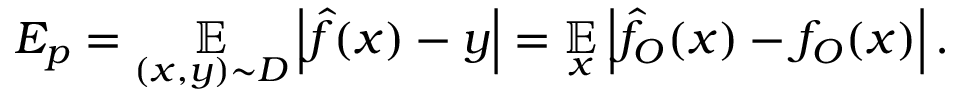
\begin{array} { r } { { \cal { E } } _ { p } = \underset { ( x , y ) \sim { \cal { D } } } { \mathbb { E } } \left| \hat { f } ( x ) - y \right| = \underset { x } { \mathbb { E } } \left| \hat { f } _ { O } ( x ) - f _ { O } ( x ) \right| . } \end{array}